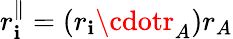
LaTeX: r_{\mathbf{i}}^{\parallel}=(r_{\mathbf{i}}\cdotr_{A})r_{A}